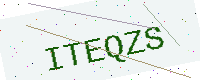
Text: ITEQZS